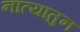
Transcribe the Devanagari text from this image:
नात्यातुन